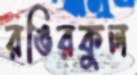
রঙিরকুল